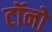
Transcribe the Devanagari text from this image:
टॉनो